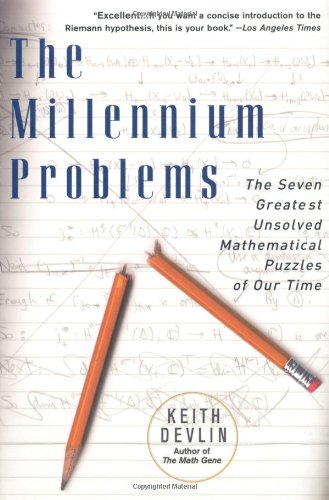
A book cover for The Millennium Problems: The Seven Greatest Unsolved Mathematical Puzzles Of Our Time; Keith J. Devlin; Science & Math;